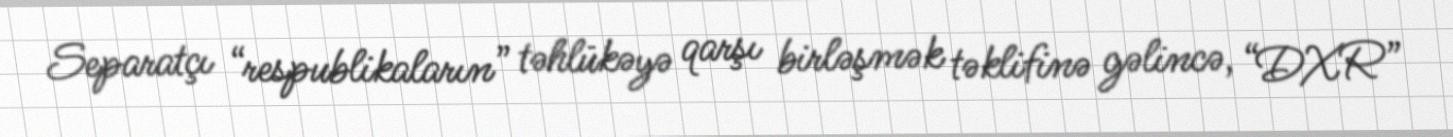
Separatçı “respublikaların” təhlükəyə qarşı birləşmək təklifinə gəlincə, “DXR”